Treatise on elephants
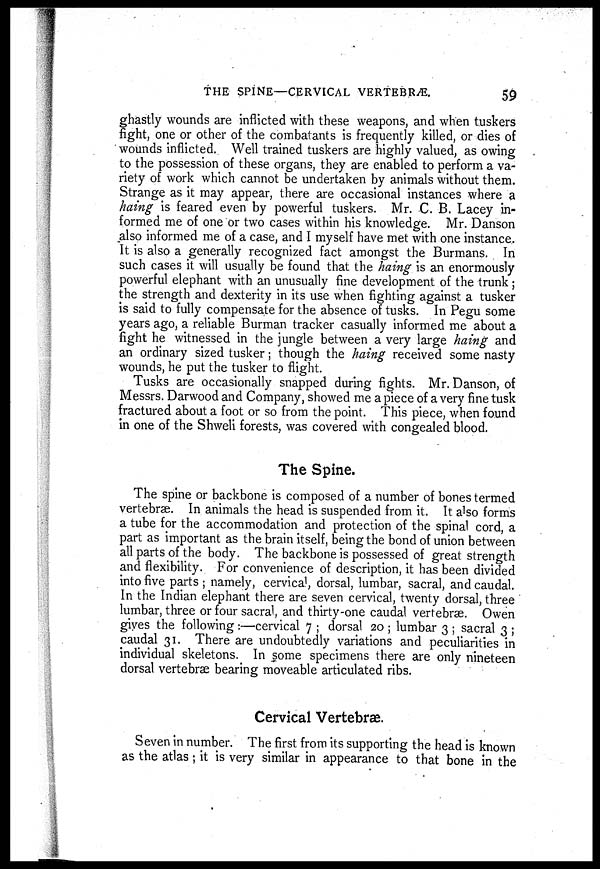
THE SPINE—CERVICAL VERTEBRÆ.
59
ghastly wounds are inflicted with these weapons, and when tuskers
fight, one or other of the combatants is frequently killed, or dies of
wounds inflicted. Well trained tuskers are highly valued, as owing
to the possession of these organs, they are enabled to perform a va-
riety of work which cannot be undertaken by animals without them.
Strange as it may appear, there are occasional instances where a
haing is feared even by powerful tuskers. Mr. C. B. Lacey in-
formed me of one or two cases within his knowledge. Mr. Danson
also informed me of a case, and I myself have met with one instance.
It is also a generally recognized fact amongst the Burmans. In
such cases it will usually be found that the haing is an enormously
powerful elephant with an unusually fine development of the trunk;
the strength and dexterity in its use when fighting against a tusker
is said to fully compensate for the absence of tusks. In Pegu some
years ago, a reliable Burman tracker casually informed me about a
fight he witnessed in the jungle between a very large haing and
an ordinary sized tusker; though the haing received some nasty
wounds, he put the tusker to flight.
Tusks are occasionally snapped during fights. Mr. Danson, of
Messrs. Darwood and Company, showed me a piece of a very fine tusk
fractured about a foot or so from the point. This piece, when found
in one of the Shweli forests, was covered with congealed blood.
The Spine.
The spine or backbone is composed of a number of bones termed
vertebrae. In animals the head is suspended from it. It also forms
a tube for the accommodation and protection of the spinal cord, a
part as important as the brain itself, being the bond of union between
all parts of the body. The backbone is possessed of great strength
and flexibility. For convenience of description, it has been divided
into five parts ; namely, cervical, dorsal, lumbar, sacral, and caudal.
In the Indian elephant there are seven cervical, twenty dorsal, three
lumbar, three or four sacral, and thirty-one caudal vertebræ. Owen
gives the following :—cervical 7 ; dorsal 20 ; lumbar 3 ; sacral 3 ;
caudal 31. There are undoubtedly variations and peculiarities in
individual skeletons. In some specimens there are only nineteen
dorsal vertebrae bearing moveable articulated ribs.
Cervical Vertebræ.
Seven in number. The first from its supporting the head is known
as the atlas; it is very similar in appearance to that bone in the